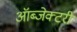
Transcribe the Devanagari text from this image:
ऑब्जेक्टरी